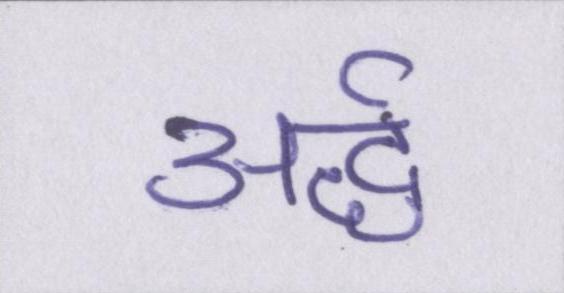
अर्द्ध